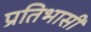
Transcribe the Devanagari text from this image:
प्रतिभासी